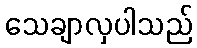
သေချာလှပါသည်